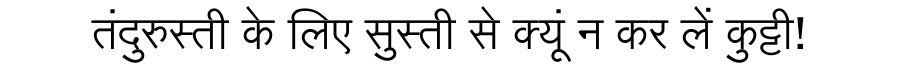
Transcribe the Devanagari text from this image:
तंदुरुस्ती के लिए सुस्ती से क्यूं न कर लें कुट्टी!